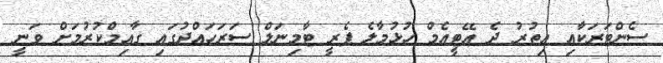
ސެންޓަރަކާއި އިތުރު ދެ އޭޓީއެމް ހުޅުމާލެ ފެރީ ޓާމިނަލް ސަރަހައްދުގައި ގާއިމްކުރުމަށް ވަނީ